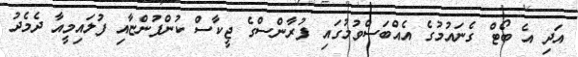
އަދި އެ ބޯޓް ގެނައުމުގެ އެއްބަސްވުމުގައި ފުރާންސްގެ ޖީކާސް ކުންފުންޏާއި ފުލައިމީއާ ދެމެދު